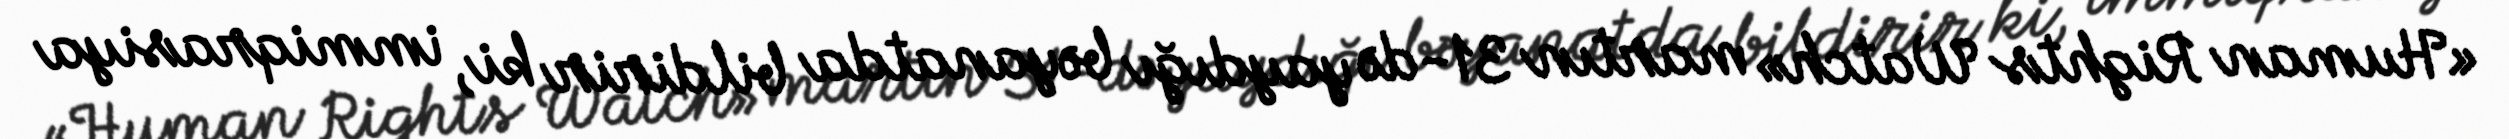
«Human Rights Watch» martın 31-də yaydığı bəyanatda bildirir ki, immiqrasiya